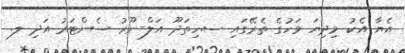
އެޔާ އެކު މިދިޔަ މަހުގެ ތެރޭގައި ސ.ހިތަދޫ އަލް-ނޫރު ސެންޓަރު އަދި ލ.